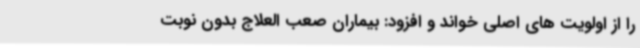
را از اولویت های اصلی خواند و افزود: بیماران صعب العلاج بدون نوبت